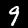
Label: 9